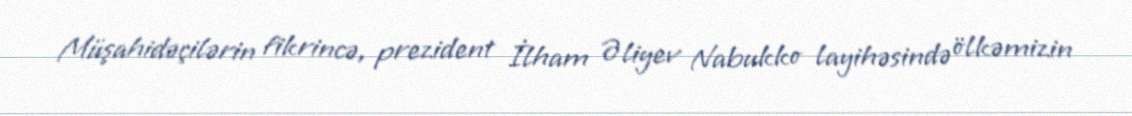
Müşahidəçilərin fikrincə, prezident İlham Əliyev Nabukko layihəsində ölkəmizin